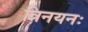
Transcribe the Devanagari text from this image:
त्रिनयनः